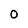
Character: 0